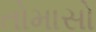
તોમાસો